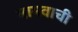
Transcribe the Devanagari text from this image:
नामवाची